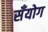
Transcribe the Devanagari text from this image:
सँयोग